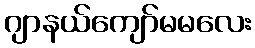
ဂျာနယ်ကျော်မမလေး